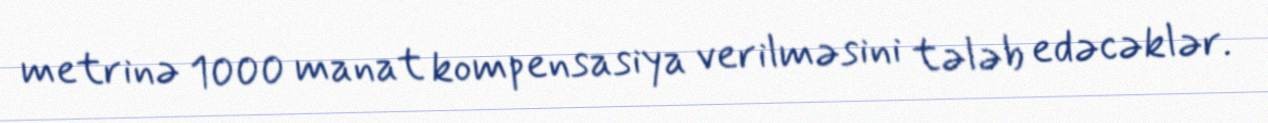
metrinə 1000 manat kompensasiya verilməsini tələb edəcəklər.